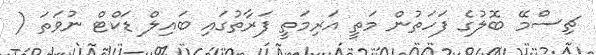
ޗިސްމޭ ބޮލުގެ ފަހަތުން މަތީ އަރިމަތީ ފަރާތުގައި ބައިލް ޑަކްޓް ނުވަތަ (